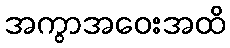
အကွာအဝေးအထိ